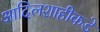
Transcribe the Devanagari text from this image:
आदिलशाहीकडे